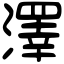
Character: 澤